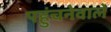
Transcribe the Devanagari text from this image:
पहुंचनेवाले